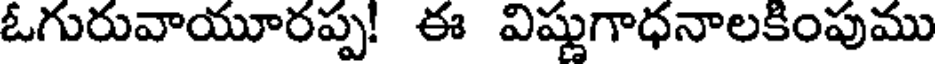
ఓగురువాయూరప్ప! ఈ విష్ణుగాధనాలకింపుము